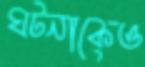
ঘটনাকেও